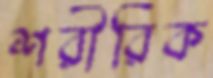
শরীরিক